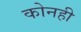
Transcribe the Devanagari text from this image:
कोनही